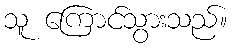
သူ ကြောင်သွားသည်။